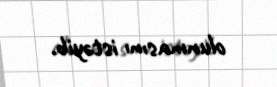
olunmasını istəyib.